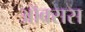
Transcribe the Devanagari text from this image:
ऑक्सस